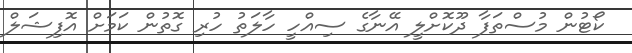
ކޯޓުން މުސްތަފާ ދޫކޮށްލީ އޭނާގެ ސިއްހީ ހާލަތު ހުރި ގޮތުން ކަމަށް އޮފިޝަލް